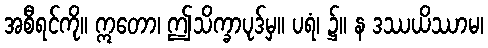
အစီရင်ကို။ ဣတော၊ ဤသိက္ခာပုဒ်မှ။ ပရံ၊ ၌။ န ဒဿယိဿာမ၊